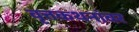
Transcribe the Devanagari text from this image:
वृत्तकथनांवर